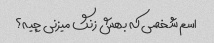
اسم شخصی که بهش زنگ میزنی چیه؟